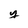
Character: y